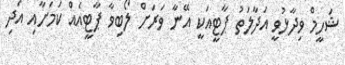
ޝަހީމް ވިދާޅުވީ އަދާލަތު ޕާޓީއަކީ އޭނާ ވަރަށް ލޯބިވާ ޕާޓީއެއް ކަމަށާއި އަދި